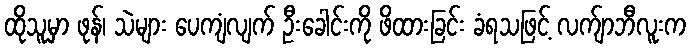
ထိုသူမှာ ဖုန်၊ သဲများ ပေကျံလျက် ဦးခေါင်းကို ဖိထားခြင်း ခံရသဖြင့် လက်ျာဘီလူးက